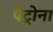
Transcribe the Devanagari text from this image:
पैट्रोना